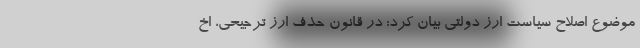
موضوع اصلاح سیاست ارز دولتی بیان کرد: در قانون حذف ارز ترجیحی، اخ